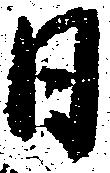
日